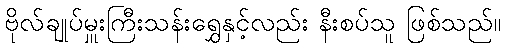
ဗိုလ်ချုပ်မှူးကြီးသန်းရွှေနှင့်လည်း နီးစပ်သူ ဖြစ်သည်။